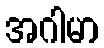
အဂါမာ